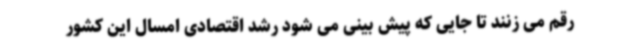
رقم می زنند تا جایی که پیش بینی می شود رشد اقتصادی امسال این کشور